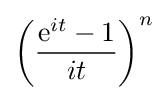
{\left({\frac {\mathrm {e} ^{it}-1}{it}}\right)}^{n}